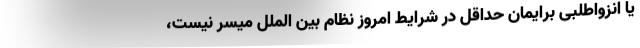
یا انزواطلبی برایمان حداقل در شرایط امروز نظام بین الملل میسر نیست،